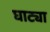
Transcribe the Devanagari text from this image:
घाट्या